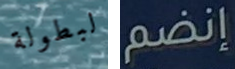
لبطولة إنضم